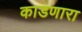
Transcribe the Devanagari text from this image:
काडणारा